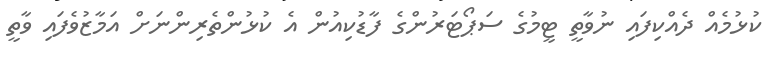
ކުޅުމެއް ދެއްކިފައި ނުވާތީ ޓީމުގެ ސަޕޯޓަރުންގެ ފާޑުކިއުން އެ ކުޅުންތެރިންނަށް އަމާޒުވެފައި ވާތީ